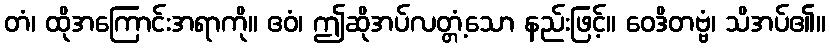
တံ၊ ထိုအကြောင်းအရာကို။ ဧဝံ၊ ဤဆိုအပ်လတ္တံ့သော နည်းဖြင့်။ ဝေဒိတဗ္ဗံ၊ သိအပ်၏။